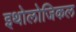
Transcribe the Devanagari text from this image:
इथोलोजिकल